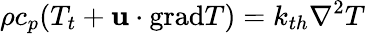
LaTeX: \rho c_{p}(T_{t}+\mathbf{u}\cdot\textrm{grad}T)=k_{th}\nabla^{2}T